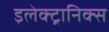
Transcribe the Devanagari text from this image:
इलेक्‍ट्रानिक्‍स